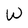
Character: W